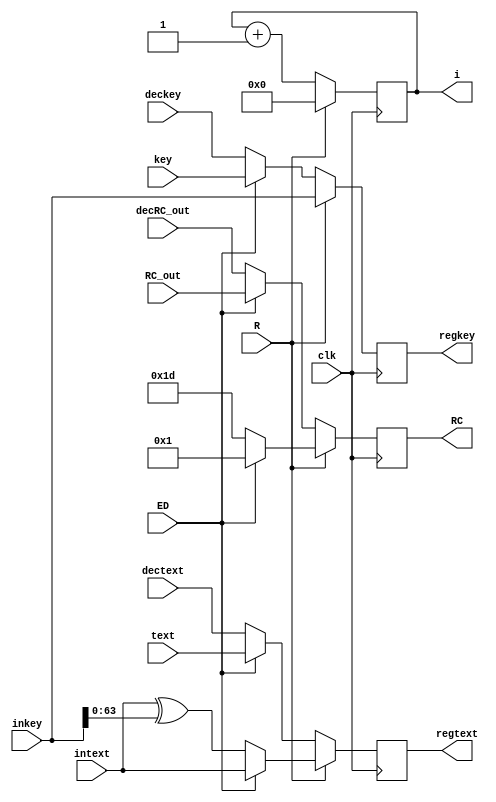
module Reg_update (input [63:0]intext , input [63:0] text,input [63:0] dectext,
                   input [79:0]inkey , input [79:0] key,input [79:0] deckey,
		   input clk, input R,input ED, input [4:0] RC_out,input [4:0] decRC_out,
                   output reg [63:0] regtext,
                   output reg [79:0] regkey, output reg [4:0]i, output reg [4:0] RC);




always @(posedge clk)
begin

if (R ==1)
begin
i=0;
if (ED ==1)begin
regtext = intext;
regkey = inkey;
RC = 5'b00001;
end
else if (ED ==0) begin
regtext = intext ^ inkey[63:0];
regkey = inkey;
RC = 5'b11101;
end
end

else
begin
i=i+1;
if (ED ==1) begin
regtext = text;
regkey=key;
RC = RC_out;
end
else if (ED ==0) begin
regtext = dectext;
regkey = deckey;
RC = decRC_out;

end
end



end

endmodule